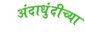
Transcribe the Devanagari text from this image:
अंदाधुंदीच्या